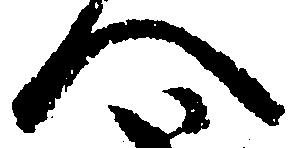
へ